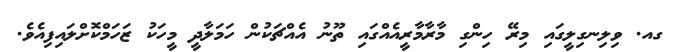
ގއ. ވިލިނގިލީގައި މިރޭ ހިންގި މާރާމާރީއެއްގައި ތޫނު އެއްޗަކުން ހަމަލާދީ މީހަކު ޒަހަމްކޮށްލައިފިއެވެ.